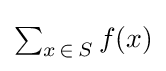
{\textstyle \sum _{x\mathop {\in } S}f(x)}